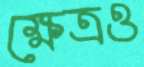
ক্ষেত্রও